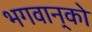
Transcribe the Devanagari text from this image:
भगवान्‌को